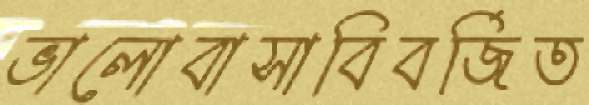
ভালোবাসাবিবর্জিত